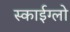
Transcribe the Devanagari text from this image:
स्काईग्लो